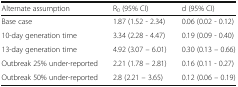
<table><thead><tr><td><b>Alternate assumption</b></td><td><b>R<sub>0</sub> (95% CI)</b></td><td><b>d (95% CI)</b></td></tr></thead><tbody><tr><td>Base case</td><td>1.87 (1.52 - 2.34)</td><td>0.06 (0.02 - 0.12)</td></tr><tr><td>10-day generation time</td><td>3.34 (2.28 - 4.47)</td><td>0.19 (0.09 - 0.40)</td></tr><tr><td>13-day generation time</td><td>4.92 (3.07 – 6.01)</td><td>0.30 (0.13 – 0.66)</td></tr><tr><td>Outbreak 25% under-reported</td><td>2.21 (1.78 – 2.81)</td><td>0.16 (0.11 - 0.27)</td></tr><tr><td>Outbreak 50% under-reported</td><td>2.8 (2.21 – 3.65)</td><td>0.12 (0.06 – 0.19)</td></tr></tbody></table>